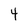
Character: 4